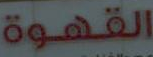
القهوة